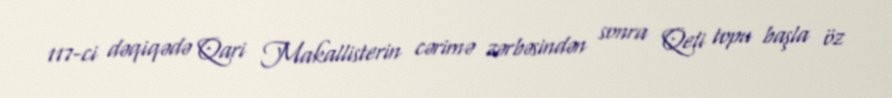
117-ci dəqiqədə Qari Makallisterin cərimə zərbəsindən sonra Qeli topu başla öz